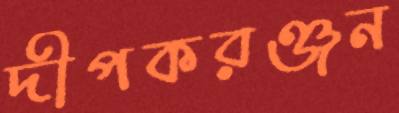
দীপকরঞ্জন